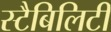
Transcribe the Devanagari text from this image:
स्टैबिलिटी